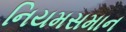
નિયમસમાન